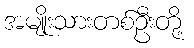
အမျိုးသားတစ်ဦးတို့